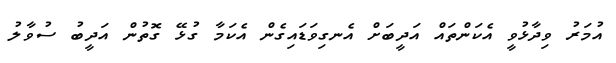
އުމަރު ވިދާޅުވީ އެކަންތައް އަދީބަށް އެނގިވަޑައިގެން އެކަމާ ގުޅޭ ގޮތުން އަދީބު ސުވާލު